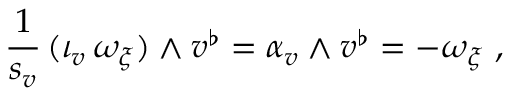
\frac { 1 } { s _ { v } } \, ( \iota _ { v } \, \omega _ { \xi } ) \wedge v ^ { \flat } = \alpha _ { v } \wedge v ^ { \flat } = - \omega _ { \xi } \ ,